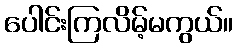
ပေါင်းကြလိမ့်မကွယ်။